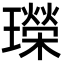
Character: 𤪤